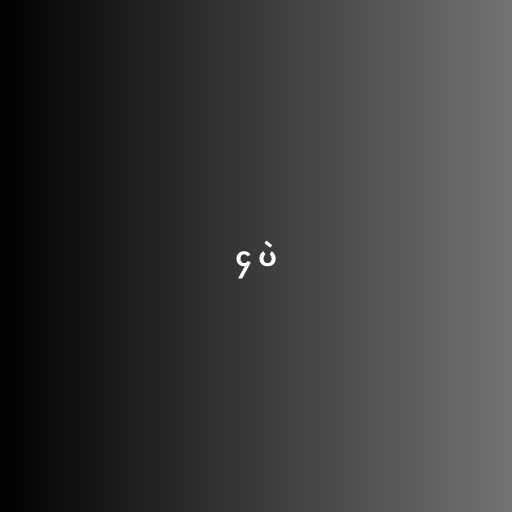
၄ ပဲ